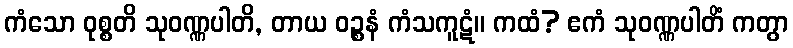
ကံသော ဝုစ္စတိ သုဝဏ္ဏပါတိ, တာယ ဝဉ္စနံ ကံသကူဋံ။ ကထံ? ဧကံ သုဝဏ္ဏပါတိံ ကတွာ